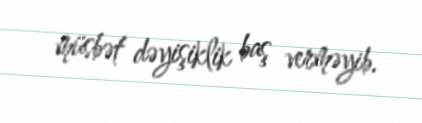
müsbət dəyişiklik baş verməyib.